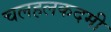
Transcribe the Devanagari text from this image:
चलहलकदमी